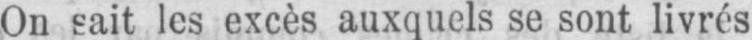
On sait les excès auxquels se sont livrés